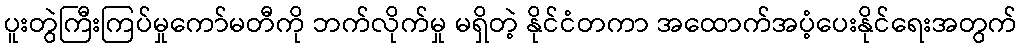
ပူးတွဲကြီးကြပ်မှုကော်မတီကို ဘက်လိုက်မှု မရှိတဲ့ နိုင်ငံတကာ အထောက်အပံ့ပေးနိုင်ရေးအတွက်